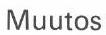
Muutos